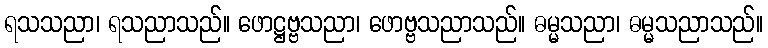
ရသသညာ၊ ရသညာသည်။ ဖောဋ္ဌဗ္ဗသညာ၊ ဖောဗ္ဗသညာသည်။ ဓမ္မသညာ၊ ဓမ္မသညာသည်။